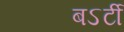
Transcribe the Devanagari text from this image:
बऽर्टी